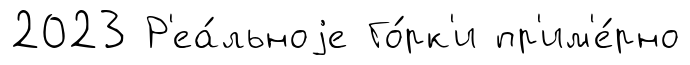
2023 Р'еа́льноjе Го́рк'и пр'им'е́рно